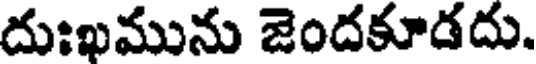
దుఃఖమును జెందకూడదు.